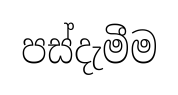
පස්දැමීම